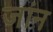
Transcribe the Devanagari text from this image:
जांन